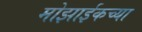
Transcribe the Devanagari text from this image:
मोझाईकच्या